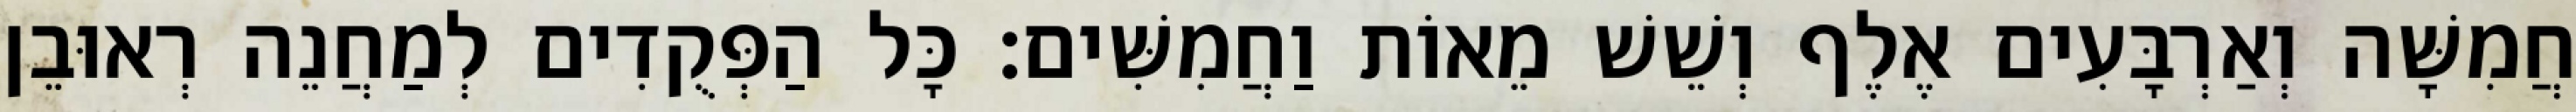
חֲמִשָּׁה וְאַרְבָּעִים אֶלֶף וְשֵׁשׁ מֵאוֹת וַחֲמִשִּׁים׃ כָּל הַפְּקֻדִים לְמַחֲנֵה רְאוּבֵן